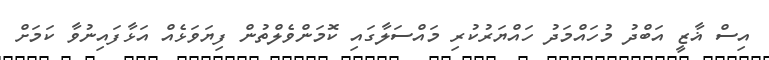
އިސް ޣާޒީ އަބްދު މުހައްމަދު ހައްޔަރުކުރި މައްސަލާގައި ކޮމަންވެލްތުން ފިޔަވަޅެއް އަޅާފައިނުވާ ކަމަށް